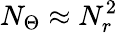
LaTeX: N_{\Theta}\approx N_{r}^{2}